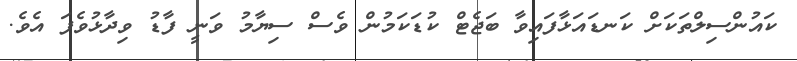
ކައުންސިލްތަކަށް ކަނޑައަޅާފައިވާ ބަޖެޓް ކުޑަކަމުން ވެސް ސިޔާމު ވަނީ ފާޑު ވިދާޅުވެފަ އެވެ.